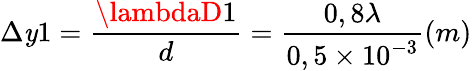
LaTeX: \Delta\mathit{y}1=\frac{{\lambdaD1}}{{d}}=\frac{{0,8\lambda}}{{0,5\times10^{-3}}}(m)